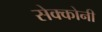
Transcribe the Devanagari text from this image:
सेक्कोनी